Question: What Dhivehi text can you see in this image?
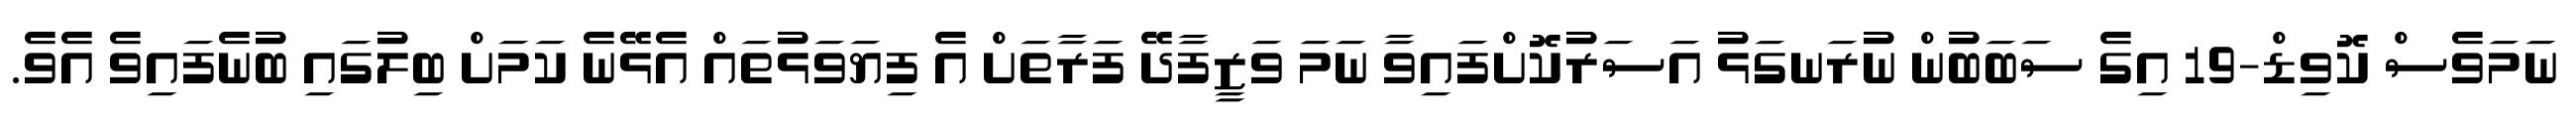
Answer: ނަމަވެސް ކޮވިޑް-19 އިގެ ސަބަބުން ނުރަނގަޅު އަސަރުކޮށްފައިވާ ނަމަ ވަޒީފާދޭ ފަރާތަށް އެ ފިޔަވަޅުތައް އެޅޭނެ ކަމަށް ބިލުގައި ބުނެފައިވެ އެވެ.